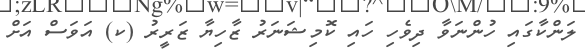
ލަންކާގައި ހުންނަވާ ދިވެހި ހައި ކޮމިޝަނަރު ޒާހިޔާ ޒަރީރު (ކ) އަަވަސް އަށް